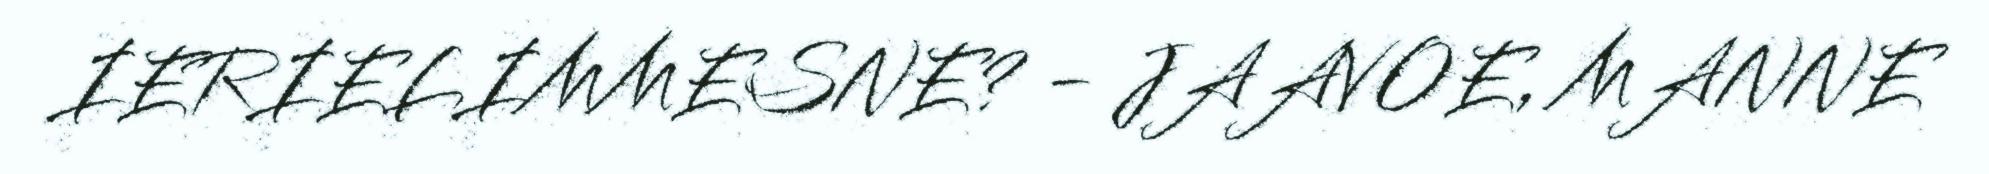
IERIELIMMESNE? - JAAVOE, MANNE